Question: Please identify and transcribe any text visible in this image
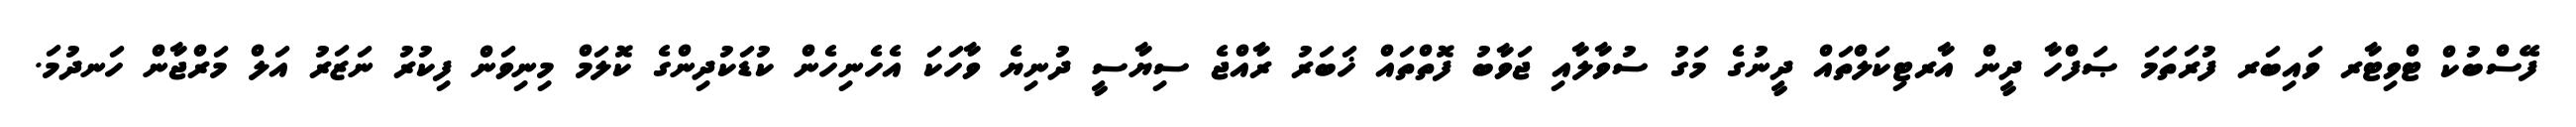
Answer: ފޭސްބުކް ޓްވިޓާރ ވައިބަރ ފުރަތަމަ ޞަފްހާ ދީން އާރޓިކަލްތައް ދީނުގެ މަގު ސުވާލާއި ޖަވާބު ފޮތްތައް ޚަބަރު ރާއްޖެ ސިޔާސީ ދުނިޔެ ވާހަކަ އެހެނިހެން ކުޑަކުދިންގެ ކޮލަމް މިނިވަން ފިކުރު ނަޒަރު އަލް މަރްޖާން ހަނދުމަ.